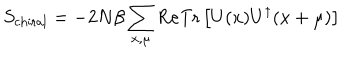
LaTeX: S _ { \mathrm { c h i r a l } } = - 2 N \beta \sum _ { x , \mu } \mathrm { R e } \mathrm { T r } \left[ U ( x ) U ^ { \dagger } ( x + \mu ) \right]